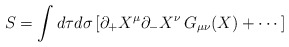
\begin{align*}S=\int d\tau d\sigma \,[\partial _{+}X^\mu \partial _{-}X^\nu \,G_{\mu \nu}(X)+\cdots ] \end{align*}